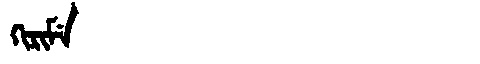
Manchu: ᡴᡳᡵᡳᠮᡝ
Romanization: KIRIME